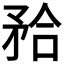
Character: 𭿹